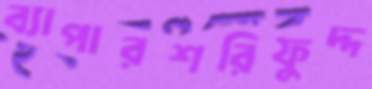
ব্যাপারশরিফুদ্দ